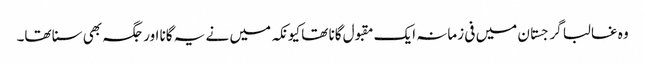
وہ غالبا گرجستان میں فی زمانہ ایک مقبول گانا تھا کیونکہ میں نے یہ گانا اور جگہ بھی سنا تھا۔